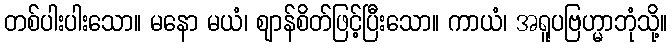
တစ်ပါးပါးသော။ မနော မယံ၊ ဈာန်စိတ်ဖြင့်ပြီးသော။ ကာယံ၊ အရူပဗြဟ္မာဘုံသို့။